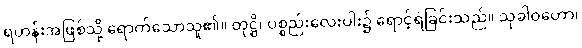
ရဟန်းအဖြစ်သို့ ရောက်သောသူ၏။ တုဋ္ဌိ၊ ပစ္စည်းလေးပါး၌ ရောင့်ရဲခြင်းသည်။ သုခါဝဟော၊